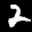
Label: 2